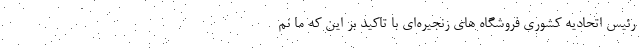
رئيس اتحاديه كشوري فروشگاه هاي زنجيره‌اي با تاكيد بر اين كه ما نم